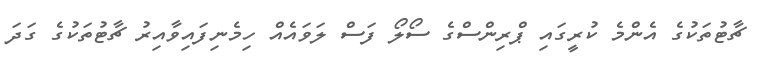
ޗާޓުތަކުގެ އެންމެ ކުރީގައި ޕްރިންސްގެ ސޯލޯ ފަސް ލަވައެއް ހިމެނިފައިވާއިރު ޗާޓުތަކުގެ ގަދަ